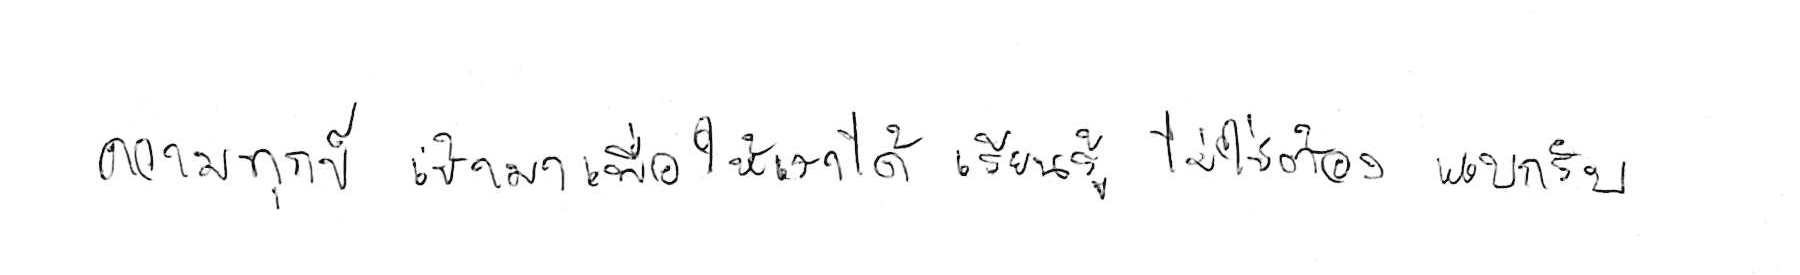
ความทุกข์ เข้ามาเพื่อให้เราได้ เรียนรู้ ไม่ใช่ต้อง แบกรับ